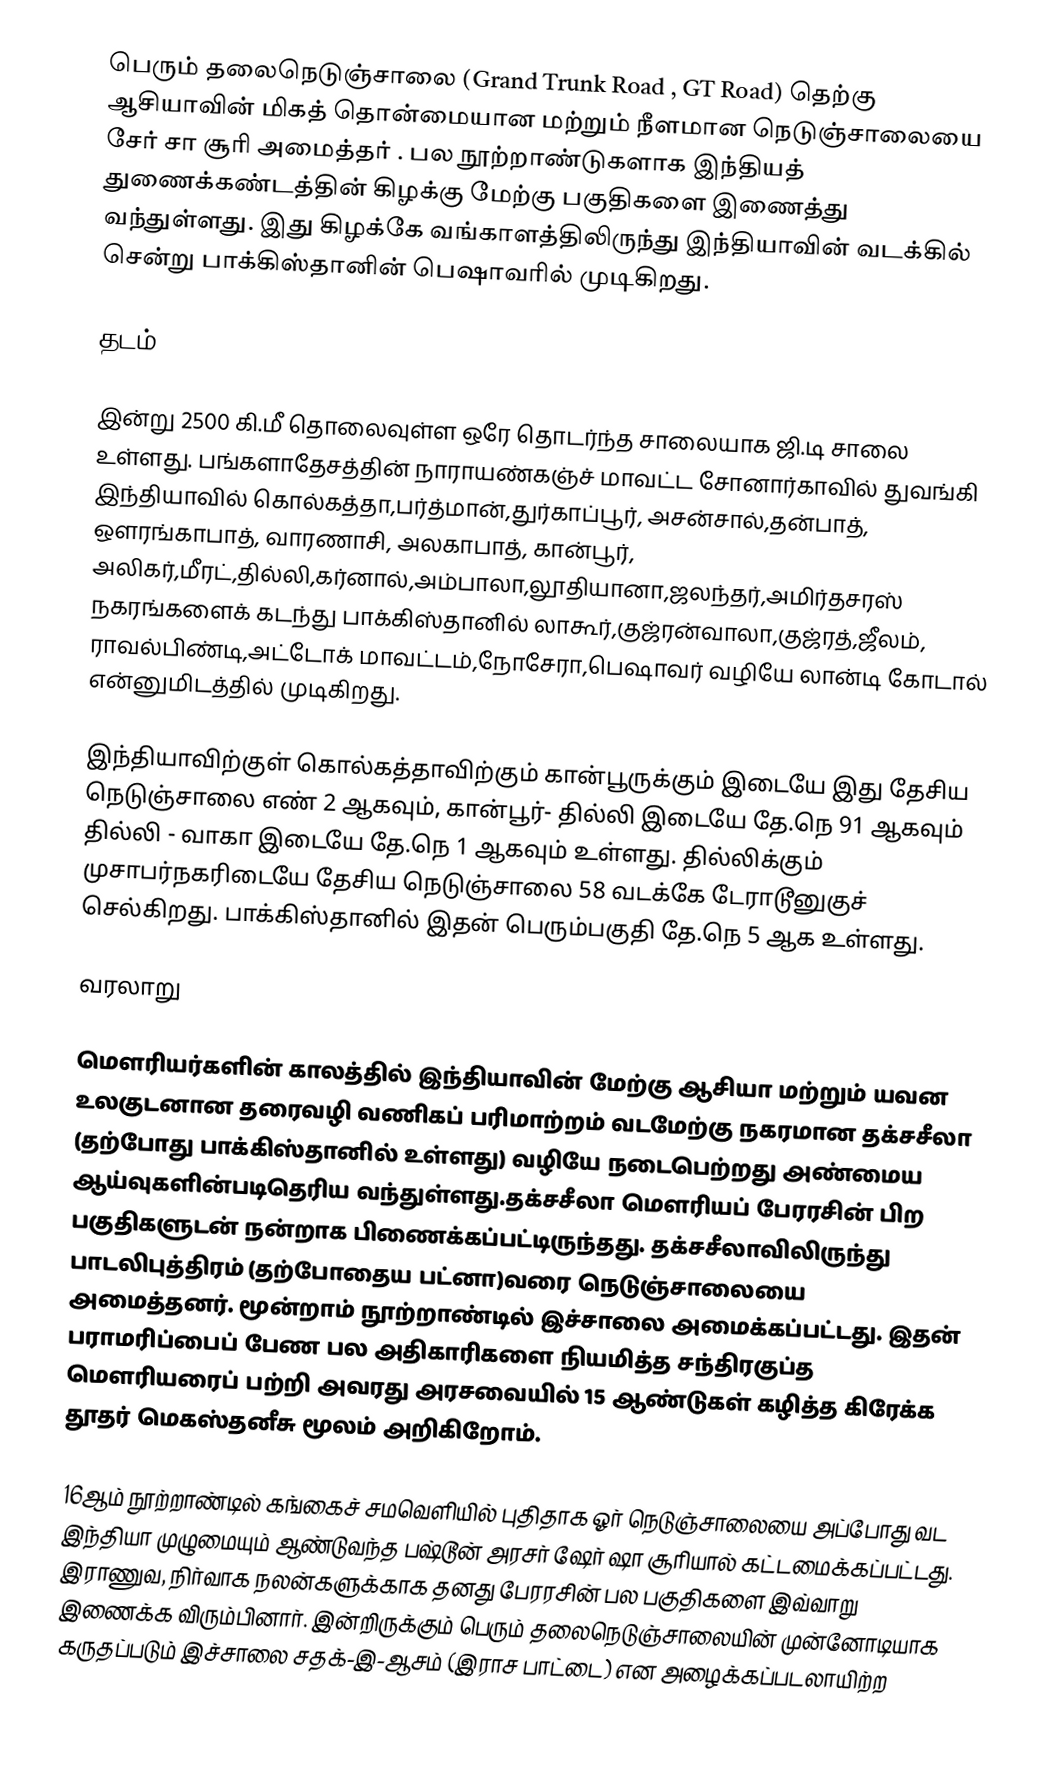
பெரும் தலைநெடுஞ்சாலை (Grand Trunk Road , GT Road)  தெற்கு ஆசியாவின் மிகத் தொன்மையான மற்றும் நீளமான நெடுஞ்சாலையை சேர் சா சூரி அமைத்தர் . பல நூற்றாண்டுகளாக இந்தியத் துணைக்கண்டத்தின் கிழக்கு மேற்கு பகுதிகளை இணைத்து வந்துள்ளது. இது கிழக்கே வங்காளத்திலிருந்து இந்தியாவின் வடக்கில் சென்று பாக்கிஸ்தானின் பெஷாவரில் முடிகிறது.

தடம்

இன்று 2500 கி.மீ தொலைவுள்ள ஒரே தொடர்ந்த சாலையாக ஜி.டி சாலை உள்ளது. பங்களாதேசத்தின் நாராயண்கஞ்ச் மாவட்ட சோனார்காவில் துவங்கி இந்தியாவில் கொல்கத்தா,பர்த்மான்,துர்காப்பூர், அசன்சால்,தன்பாத், ஔரங்காபாத், வாரணாசி, அலகாபாத், கான்பூர், அலிகர்,மீரட்,தில்லி,கர்னால்,அம்பாலா,லூதியானா,ஜலந்தர்,அமிர்தசரஸ் நகரங்களைக் கடந்து பாக்கிஸ்தானில் லாகூர்,குஜ்ரன்வாலா,குஜ்ரத்,ஜீலம், ராவல்பிண்டி,அட்டோக் மாவட்டம்,நோசேரா,பெஷாவர் வழியே லான்டி கோடால் என்னுமிடத்தில் முடிகிறது.

இந்தியாவிற்குள் கொல்கத்தாவிற்கும் கான்பூருக்கும் இடையே இது தேசிய நெடுஞ்சாலை எண் 2 ஆகவும், கான்பூர்- தில்லி இடையே தே.நெ 91 ஆகவும் தில்லி - வாகா இடையே தே.நெ 1 ஆகவும் உள்ளது. தில்லிக்கும் முசாபர்நகரிடையே தேசிய நெடுஞ்சாலை 58 வடக்கே டேராடூனுகுச் செல்கிறது.  பாக்கிஸ்தானில் இதன் பெரும்பகுதி தே.நெ 5 ஆக உள்ளது.

வரலாறு

மௌரியர்களின் காலத்தில் இந்தியாவின் மேற்கு ஆசியா மற்றும் யவன உலகுடனான தரைவழி வணிகப் பரிமாற்றம் வடமேற்கு நகரமான தக்சசீலா (தற்போது பாக்கிஸ்தானில் உள்ளது) வழியே நடைபெற்றது அண்மைய ஆய்வுகளின்படிதெரிய வந்துள்ளது.தக்சசீலா மௌரியப் பேரரசின் பிற பகுதிகளுடன் நன்றாக பிணைக்கப்பட்டிருந்தது. தக்சசீலாவிலிருந்து பாடலிபுத்திரம் (தற்போதைய பட்னா)வரை நெடுஞ்சாலையை அமைத்தனர். மூன்றாம் நூற்றாண்டில் இச்சாலை அமைக்கப்பட்டது. இதன் பராமரிப்பைப் பேண பல அதிகாரிகளை நியமித்த சந்திரகுப்த மௌரியரைப் பற்றி அவரது அரசவையில் 15 ஆண்டுகள் கழித்த கிரேக்க தூதர் மெகஸ்தனீசு மூலம் அறிகிறோம்.

16ஆம் நூற்றாண்டில் கங்கைச் சமவெளியில் புதிதாக ஓர் நெடுஞ்சாலையை  அப்போது வட இந்தியா முழுமையும் ஆண்டுவந்த பஷ்டூன் அரசர் ஷேர் ஷா சூரியால் கட்டமைக்கப்பட்டது.  இராணுவ, நிர்வாக நலன்களுக்காக தனது பேரரசின் பல பகுதிகளை இவ்வாறு இணைக்க விரும்பினார். இன்றிருக்கும் பெரும் தலைநெடுஞ்சாலையின் முன்னோடியாக கருதப்படும் இச்சாலை சதக்-இ-ஆசம் (இராச பாட்டை) என அழைக்கப்படலாயிற்ற